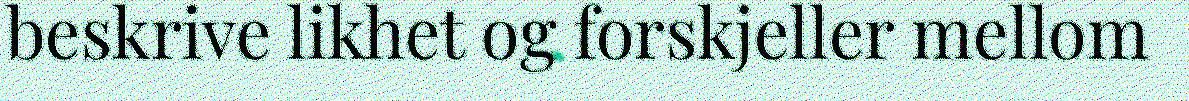
beskrive likhet og forskjeller mellom